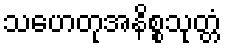
သဟေတုအနိစ္စသုတ္တံ